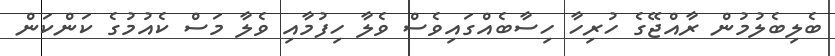
ބެލިބެލުމުން ރާއްޖޭގެ ހުރިހާ ހިސާބެއްގައިވެސް ވެލާ ހިފުމާއި ވެލާ މަސް ކެއުމުގެ ކަންކަން